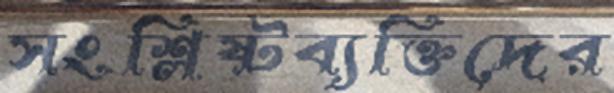
সংশ্লিষ্টব্যক্তিদের